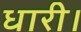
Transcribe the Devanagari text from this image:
धारी।